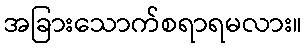
အခြားသောက်စရာရမလား။